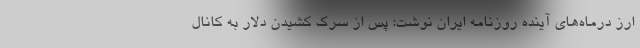
ارز درماه‌های آینده روزنامه ایران نوشت: پس از سرک کشیدن دلار به کانال